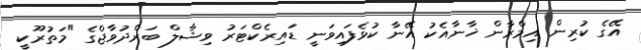
އޭގެ ކުރިން އިމްރާން ޚާނާއެކު އޭނާ ކުޅެފައިވަނީ ޑައިރެކްޓަރު ވިޝާލް ބަރްދުވާޖްގެ "މަތުރޫކީ